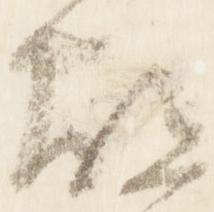
故